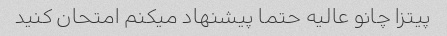
پیتزا چانو عالیه حتما پیشنهاد میکنم امتحان کنید